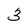
Character: 3